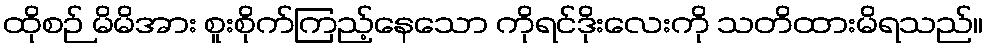
ထိုစဉ် မိမိအား စူးစိုက်ကြည့်နေသော ကိုရင်ဒိုးလေးကို သတိထားမိရသည်။